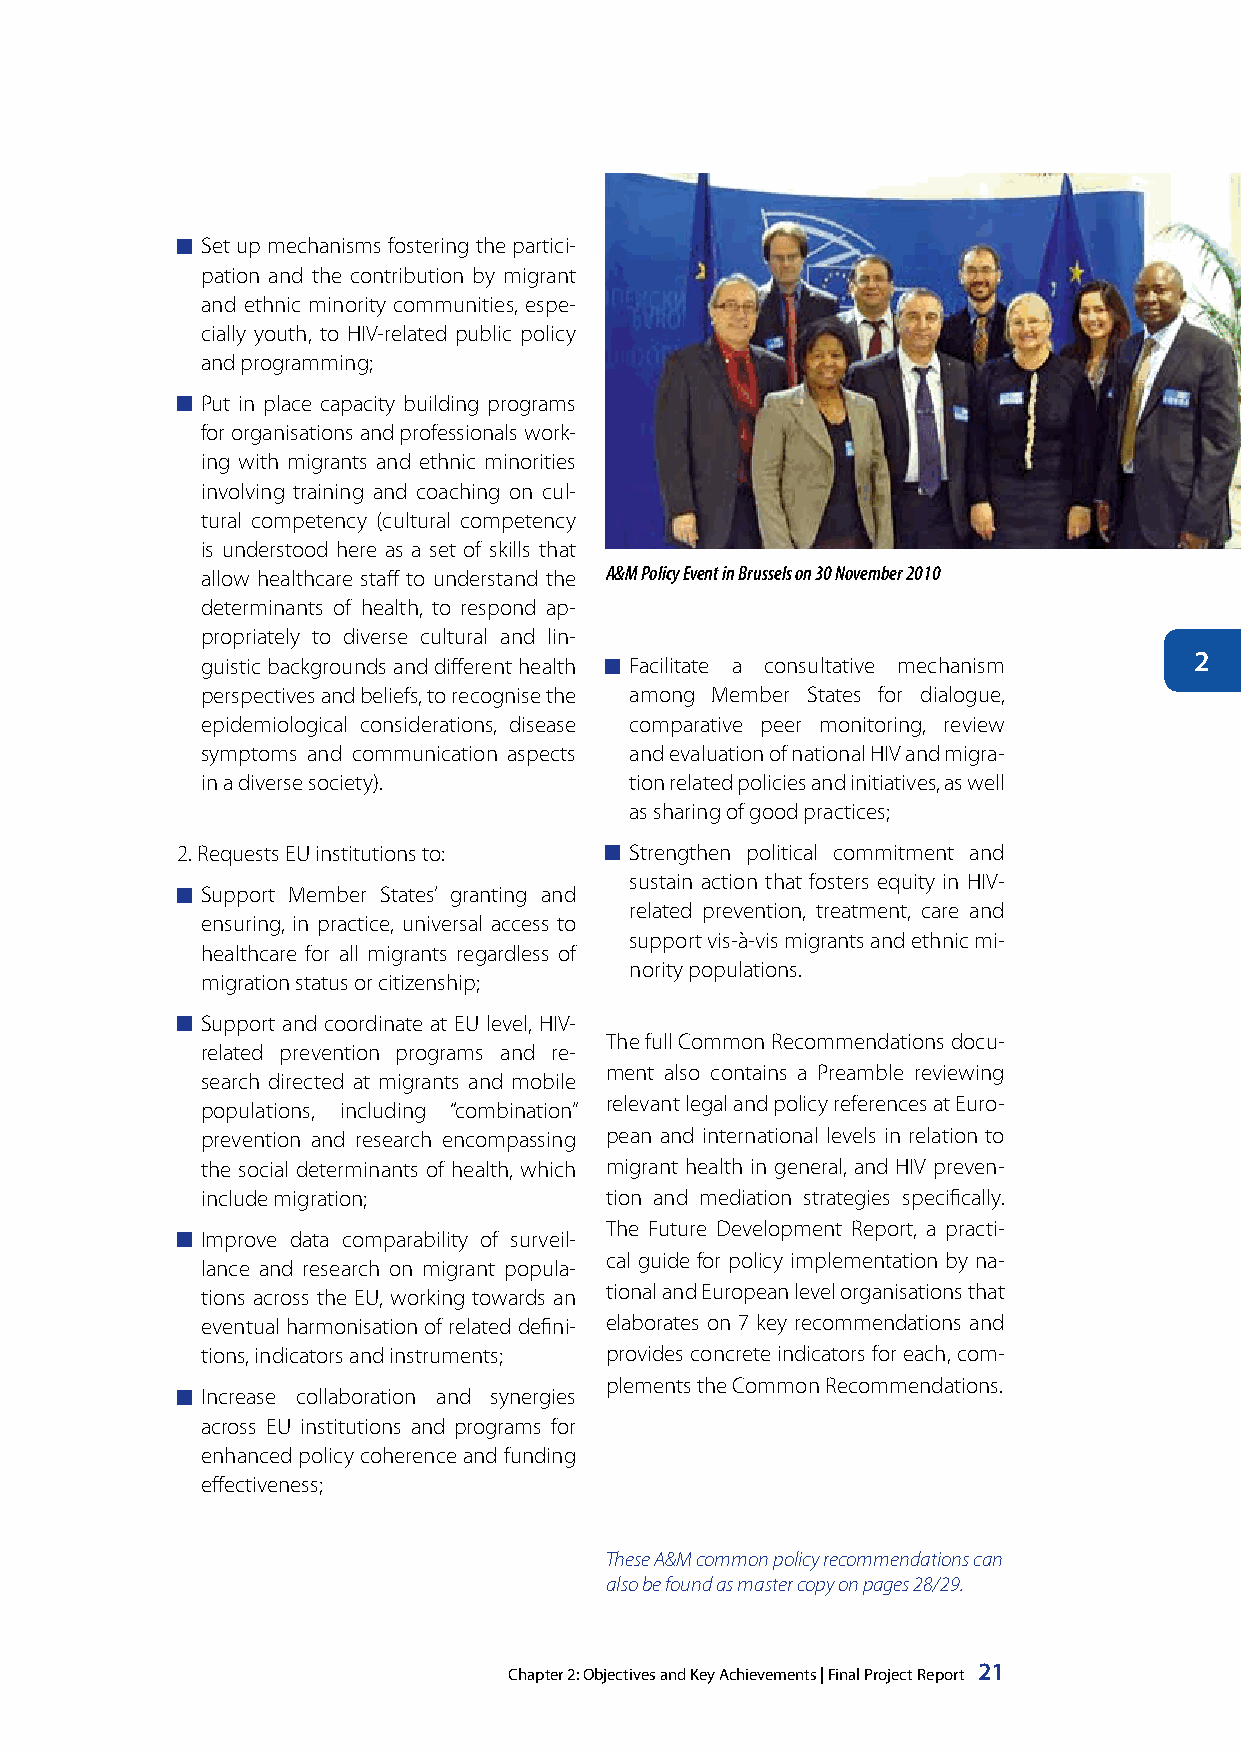
Set up mechanisms fostering the partici-
 pation and the contribution by migrant
 and ethnic minority communities, espe-
 cially youth, to HIV-related public policy
 and programming;
 Put in place capacity building programs
 for organisations and professionals work-
 ing with migrants and ethnic minorities
 involving training and coaching on cul-
 tural competency (cultural competency
 is understood here as a set of skills that
 allow healthcare staff to understand the A&M Policy Event in Brussels on 30 November 2010
 determinants of health, to respond ap-
 propriately to diverse cultural and lin-
 2
 guistic backgrounds and different health Facilitate a consultative mechanism
 perspectives and beliefs, to recognise the among Member States for dialogue,
 epidemiological considerations, disease comparative peer monitoring, review
 symptoms and communication aspects and evaluation of national HIV and migra-
 in a diverse society).       tion related policies and initiatives, as well
 as sharing of good practices;
 2. Requests EU institutions to: Strengthen political commitment and
 sustain action that fosters equity in HIV-
 Support Member States’ granting and
 related prevention, treatment, care and
 ensuring, in practice, universal access to
 support vis-à-vis migrants and ethnic mi-
 healthcare for all migrants regardless of
 nority populations.
 migration status or citizenship;
 Support and coordinate at EU level, HIV-
 The full Common Recommendations docu-
 related prevention programs and re-
 ment also contains a Preamble reviewing
 search directed at migrants and mobile
 relevant legal and policy references at Euro-
 populations, including “combination”
 prevention and research encompassing pean and international levels in relation to
 the social determinants of health, which migrant health in general, and HIV preven-
 include migration;         tion and mediation strategies specifically.
 The Future Development Report, a practi-
 Improve data comparability of surveil-
 cal guide for policy implementation by na-
 lance and research on migrant popula-
 tions across the EU, working towards an tional and European level organisations that
 eventual harmonisation of related defini- elaborates on 7 key recommendations and
 tions, indicators and instruments; provides concrete indicators for each, com-
 plements the Common Recommendations.
 Increase collaboration and synergies
 across EU institutions and programs for
 enhanced policy coherence and funding
 effectiveness;
 These A&M common policy recommendations can
 also be found as master copy on pages 28/29.
 Chapter 2: Objectives and Key Achievements | Final Project Report 21